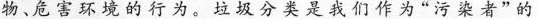
物，危害环境的行为。垃圾分类是我们作为“污染者”的